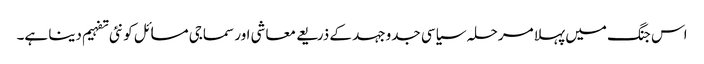
اس جنگ میں پہلا مرحلہ سیاسی جدوجہد کے ذریعے معاشی اور سماجی مسائل کو نئی تفہیم دینا ہے۔